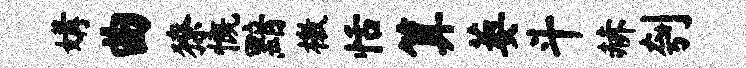
媾曲獠慨黯檄恬算萎斗赫刳